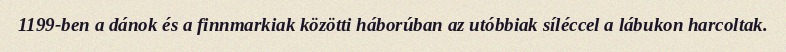
1199-ben a dánok és a finnmarkiak közötti háborúban az utóbbiak síléccel a lábukon harcoltak.